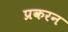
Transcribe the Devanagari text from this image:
प्रकरन